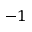
- 1